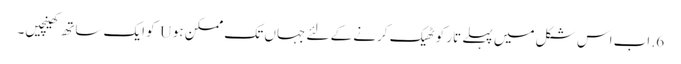
6. اب اس شکل میں پہلے تار کو ٹھیک کرنے کے لئے جہاں تک ممکن ہو U کو ایک ساتھ کھینچیں۔